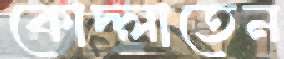
কোদ্‌লাতেন